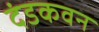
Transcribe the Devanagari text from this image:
दंडकवन